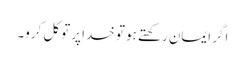
اگر ایمان رکھتے ہو تو خدا پر توکل کرو۔